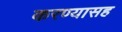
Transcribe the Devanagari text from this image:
करण्यासह